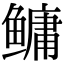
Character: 鳙